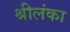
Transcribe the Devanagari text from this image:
श्रीलंंका